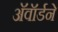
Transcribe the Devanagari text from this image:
अॅवॉर्डने